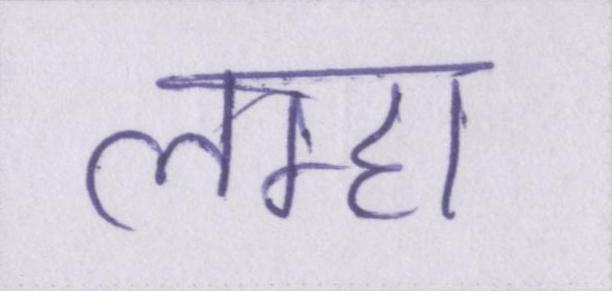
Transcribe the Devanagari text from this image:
लम्हा